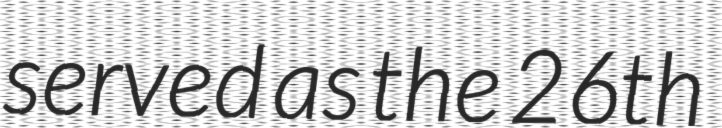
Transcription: served as the 26th